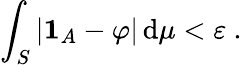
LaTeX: \int_{S}|\mathbf{1}_{A}-\varphi|\, \mathrm{d}\mu<\varepsilon\ .